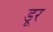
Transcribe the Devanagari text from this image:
डूर